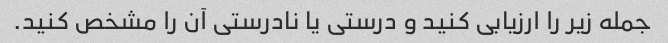
جمله زیر را ارزیابی کنید و درستی یا نادرستی آن را مشخص کنید.